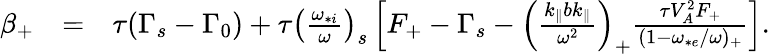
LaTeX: \begin{array}{rlr}{\beta_{+}}&{=}&{\tau(\Gamma_{s}-\Gamma_{0})+\tau\left(\frac{\omega_{*i}}{\omega}\right)_{s}\left[F_{+}-\Gamma_{s}-\left(\frac{k_{\parallel}bk_{\parallel}}{\omega^{2}}\right)_{+}\frac{\tau V_{A}^{2}F_{+}}{(1-\omega_{*e}/\omega)_{+}}\right].}\end{array}